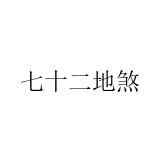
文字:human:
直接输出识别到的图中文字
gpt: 七十二地煞